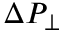
\Delta P _ { \perp }